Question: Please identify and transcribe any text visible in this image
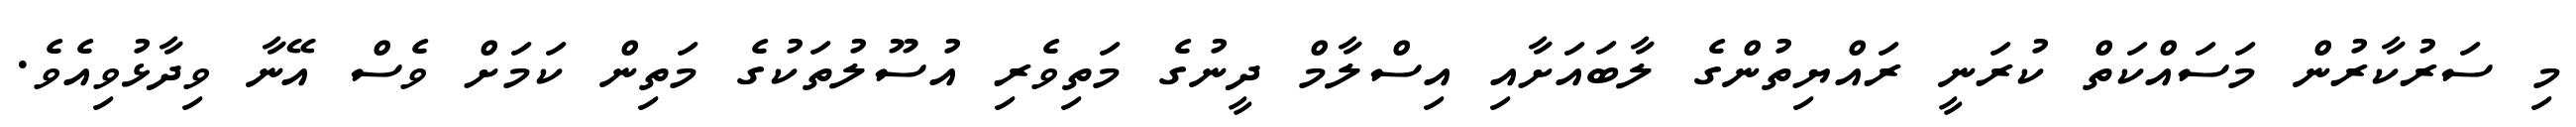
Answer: މި ސަރުކާރުން މަސައްކަތް ކުރަނީ ރައްޔިތުންގެ ލާބައަށާއި އިސްލާމް ދީނުގެ މަތިވެރި އުސޫލުތަކުގެ މަތިން ކަމަށް ވެސް އޭނާ ވިދާޅުވިއެވެ.